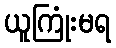
ယူကြုံးမရ